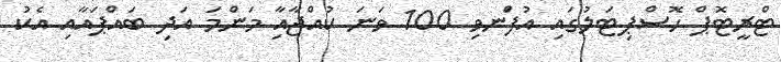
ޓްރީޓޮޕް ހޮސްޕިޓަލުގައި އުފަްނވި 100 ވަނަ ކުއްޖާއާި މަންމަ އަދި ބައްޕައާއި އެކު